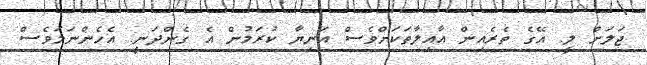
ޖަލަށް ލީ. އޭގެ ތެރެއިން އާއިލާތަކަށްވެސް އަނިޔާ ކުރަމުން އެ ގެންދަނީ. އެހެންނަމަވެސް